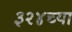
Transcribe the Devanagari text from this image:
३२४च्या